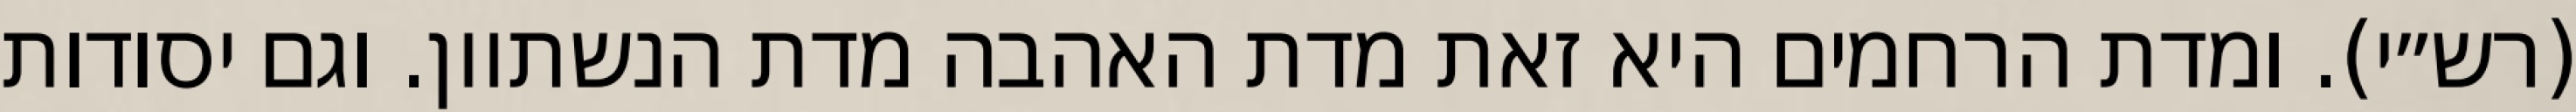
(רש״י). ומדת הרחמים היא זאת מדת האהבה מדת הנשתוון. וגם יסודות